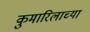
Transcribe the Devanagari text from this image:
कुमारिलाच्या